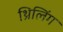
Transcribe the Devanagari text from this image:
थ्रिलिंग